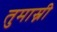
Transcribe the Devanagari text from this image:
तुमास्नी